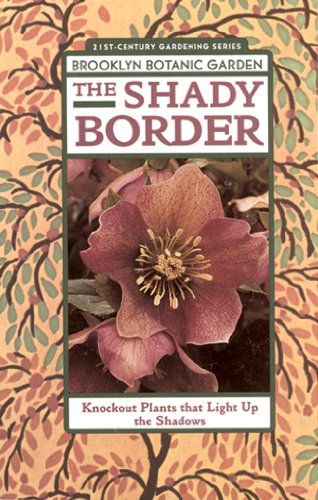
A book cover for The Shady Border: Shade-Loving Perennials for Season-Long Color; C. Burrell; Crafts, Hobbies & Home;